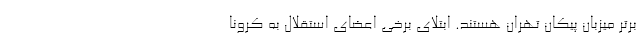
برتر میزبان پیکان تهران هستند. ابتلای برخی اعضای استقلال به کرونا